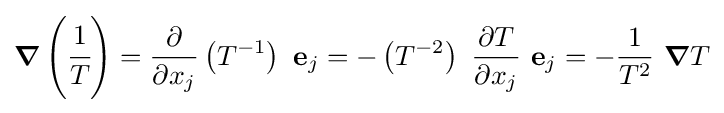
{\boldsymbol {\nabla }}\left({\cfrac {1}{T}}\right)={\frac {\partial }{\partial x_{j}}}\left(T^{-1}\right)~\mathbf {e} _{j}=-\left(T^{-2}\right)~{\frac {\partial T}{\partial x_{j}}}~\mathbf {e} _{j}=-{\frac {1}{T^{2}}}~{\boldsymbol {\nabla }}T